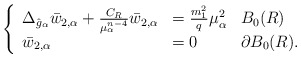
\begin{align*} \left\{\begin{array}{lll}\Delta_{\hat{g}_\alpha}\bar{w}_{2,\alpha}+\frac{C_R}{\mu_\alpha^{n-4}}\bar{w}_{2,\alpha} & =\frac{m_1^2}{q}\mu_\alpha^2 &B_0(R)\\\bar{w}_{2,\alpha} & =0 & \partial B_0(R).\end{array}\right.\end{align*}